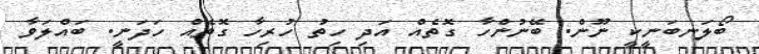
ބޯލަނބަނީކީ ނޫން. ބޭނުންހާ ގޮތެއް އަދި ހިތު ހުރިހާ ގޮތެއް ހަދަނީ. ބައްލަވާ